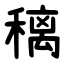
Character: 䅻